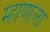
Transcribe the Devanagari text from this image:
म्हाणाला